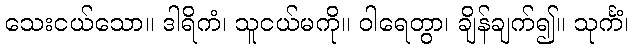
သေးငယ်သော။ ဒါရိကံ၊ သူငယ်မကို။ ဝါရေတွာ၊ ချိန်ချက်၍။ သုင်္ကံ၊